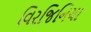
વિરજિનિયા